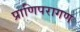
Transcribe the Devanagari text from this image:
प्राणिपरागण